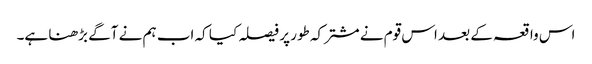
اس واقعہ کے بعد اس قوم نے مشترکہ طور پر فیصلہ کیا کہ اب ہم نے آگے بڑھنا ہے۔